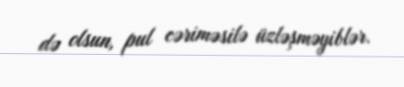
də olsun, pul cəriməsilə üzləşməyiblər.